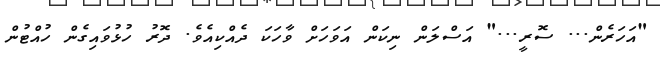
"އަހަރެން... ސޮރީ..." އަސްލަން ނިކަން އަވަހަށް ވާހަކަ ދެއްކިއެވެ. ދޮރު ހުޅުވައިގެން ހުއްޓުން